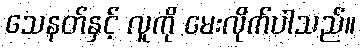
သေနတ်နှင့် လူကို မေးလိုက်ပါသည်။